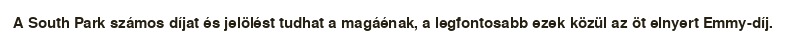
A South Park számos díjat és jelölést tudhat a magáénak, a legfontosabb ezek közül az öt elnyert Emmy-díj.